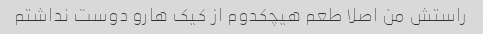
راستش من اصلا طعم هیچکدوم از کیک هارو دوست نداشتم